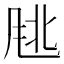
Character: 𬱹